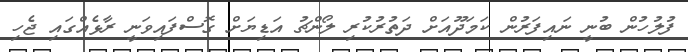
ފުލުހުން ބުނީ ނައިފަރުން ކަމަދޫއަށް ދަތުރުކުރި ލޯންޗު އަޑިޔަށް ގޮސްފައިވަނީ ރާޅެއްގައި ޖެހި